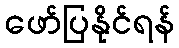
ဖော်ပြနိုင်ရန်